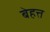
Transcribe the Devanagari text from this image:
बेहत्त